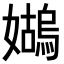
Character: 𪦭